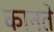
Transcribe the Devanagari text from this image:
कानते